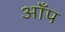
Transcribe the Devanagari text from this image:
आँप